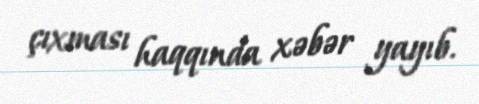
çıxması haqqında xəbər yayıb.